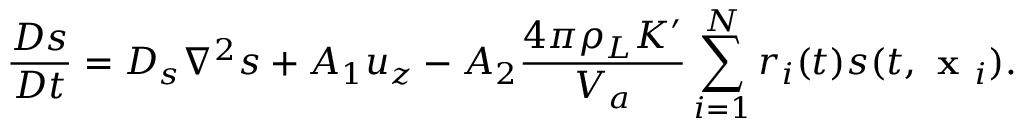
\frac { D s } { D t } = D _ { s } \nabla ^ { 2 } s + A _ { 1 } u _ { z } - A _ { 2 } \frac { 4 \pi \rho _ { L } K ^ { \prime } } { V _ { a } } \sum _ { i = 1 } ^ { N } r _ { i } ( t ) s ( t , \textbf { x } _ { i } ) .